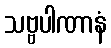
သဗ္ဗပါဏာနံ